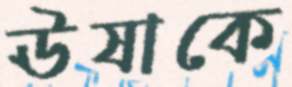
ঊষাকে